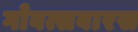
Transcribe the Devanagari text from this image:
गोवत्सबारस